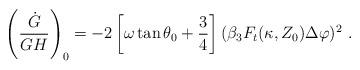
LaTeX: \begin{align*}\left( {\dot G\over GH}\right)_0 = - 2\left[ \omega \tan \theta_0 + {3\over 4} \right](\beta_3 F_t (\kappa, Z_0) \Delta \varphi)^2\ . \end{align*}